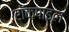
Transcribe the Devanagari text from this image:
रॉकपाइल